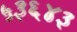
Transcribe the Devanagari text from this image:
५३६४३